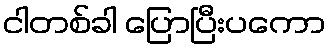
ငါတစ်ခါ ပြောပြီးပကော